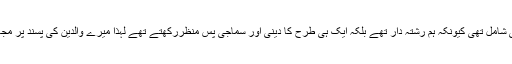
میری شادی ارینجڈ تھی مگر میری پسند بھی شامل تھی کیونکہ ہم رشتہ دار تھے بلکہ ایک ہی طرح کا دینی اور سماجی پس منظررکھتے تھے لہذا میرے والدین کی پسند پر مجھے مکمل اعتماد تھا جو کہ درست ثابت ہوا۔